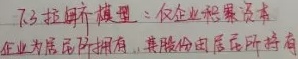
7.3 拉姆齐模型：仅企业积累资本。企业为居民所拥有，其股份由居民所持有